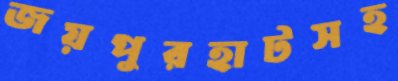
জয়পুরহাটসহ